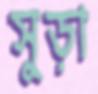
সুড়া